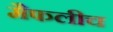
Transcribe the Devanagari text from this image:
मैफलीच